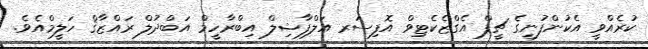
ކުރެއްވީ އެކުންފުނީގެ ޗީފް އެގްޒެކެޓިވް އޮފިސަރ އަލްފާޟިލް އިބްރާހީމް އަބްދުލް ރައްޒާޤް ހަލީމްއެވެ.